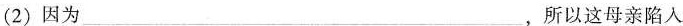
(2)因为___，所以这母亲陷入